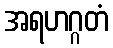
အရဟဂ္ဂတံ